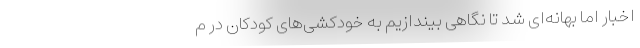
اخبار اما بهانه‌ای شد تا نگاهی بیندازیم به خودکشی‌های کودکان در م